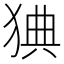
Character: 猠